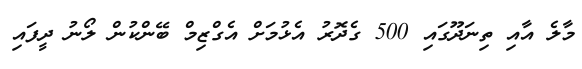
މާލެ އާއި ތިނަދޫގައި 500 ގެދޮރު އެޅުމަށް އެގްޒިމް ބޭންކުން ލޯނު ދީފައި